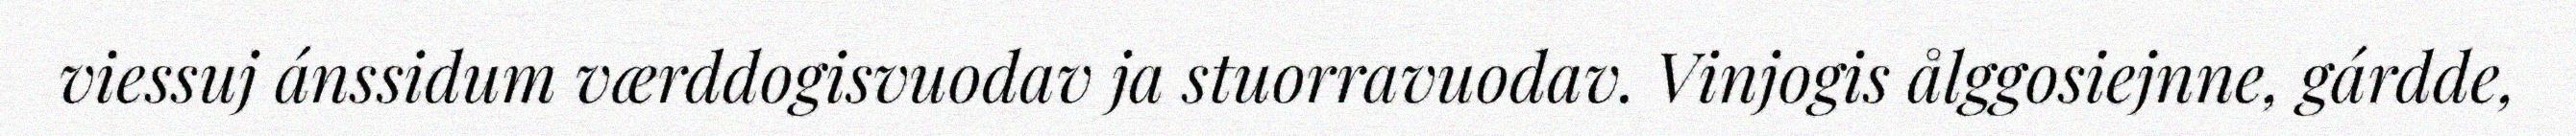
viessuj ánssidum værddogisvuodav ja stuorravuodav. Vinjogis ålggosiejnne, gárdde,